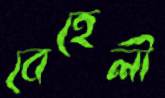
বেহেলী